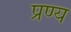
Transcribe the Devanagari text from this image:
प्रण्य